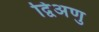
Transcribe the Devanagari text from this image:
द्विअणु